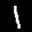
Label: 1